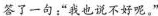
答了一句：”我也说不好呢。”